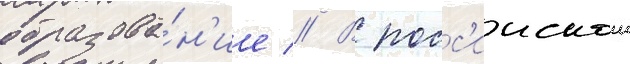
образова́н'ие // В росс'иискои